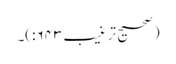
(صحیح ترغیب۶۴۳:)۔